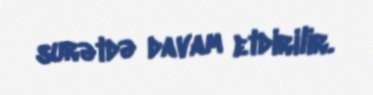
surətdə davam etdirilir.